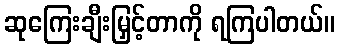
ဆုကြေးချီးမြှင့်တာကို ရကြပါတယ်။